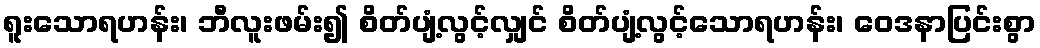
ရူးသောရဟန်း၊ ဘီလူးဖမ်း၍ စိတ်ပျံ့လွင့်လျှင် စိတ်ပျံ့လွင့်သောရဟန်း၊ ဝေဒနာပြင်းစွာ